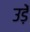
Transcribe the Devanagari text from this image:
उड़ें